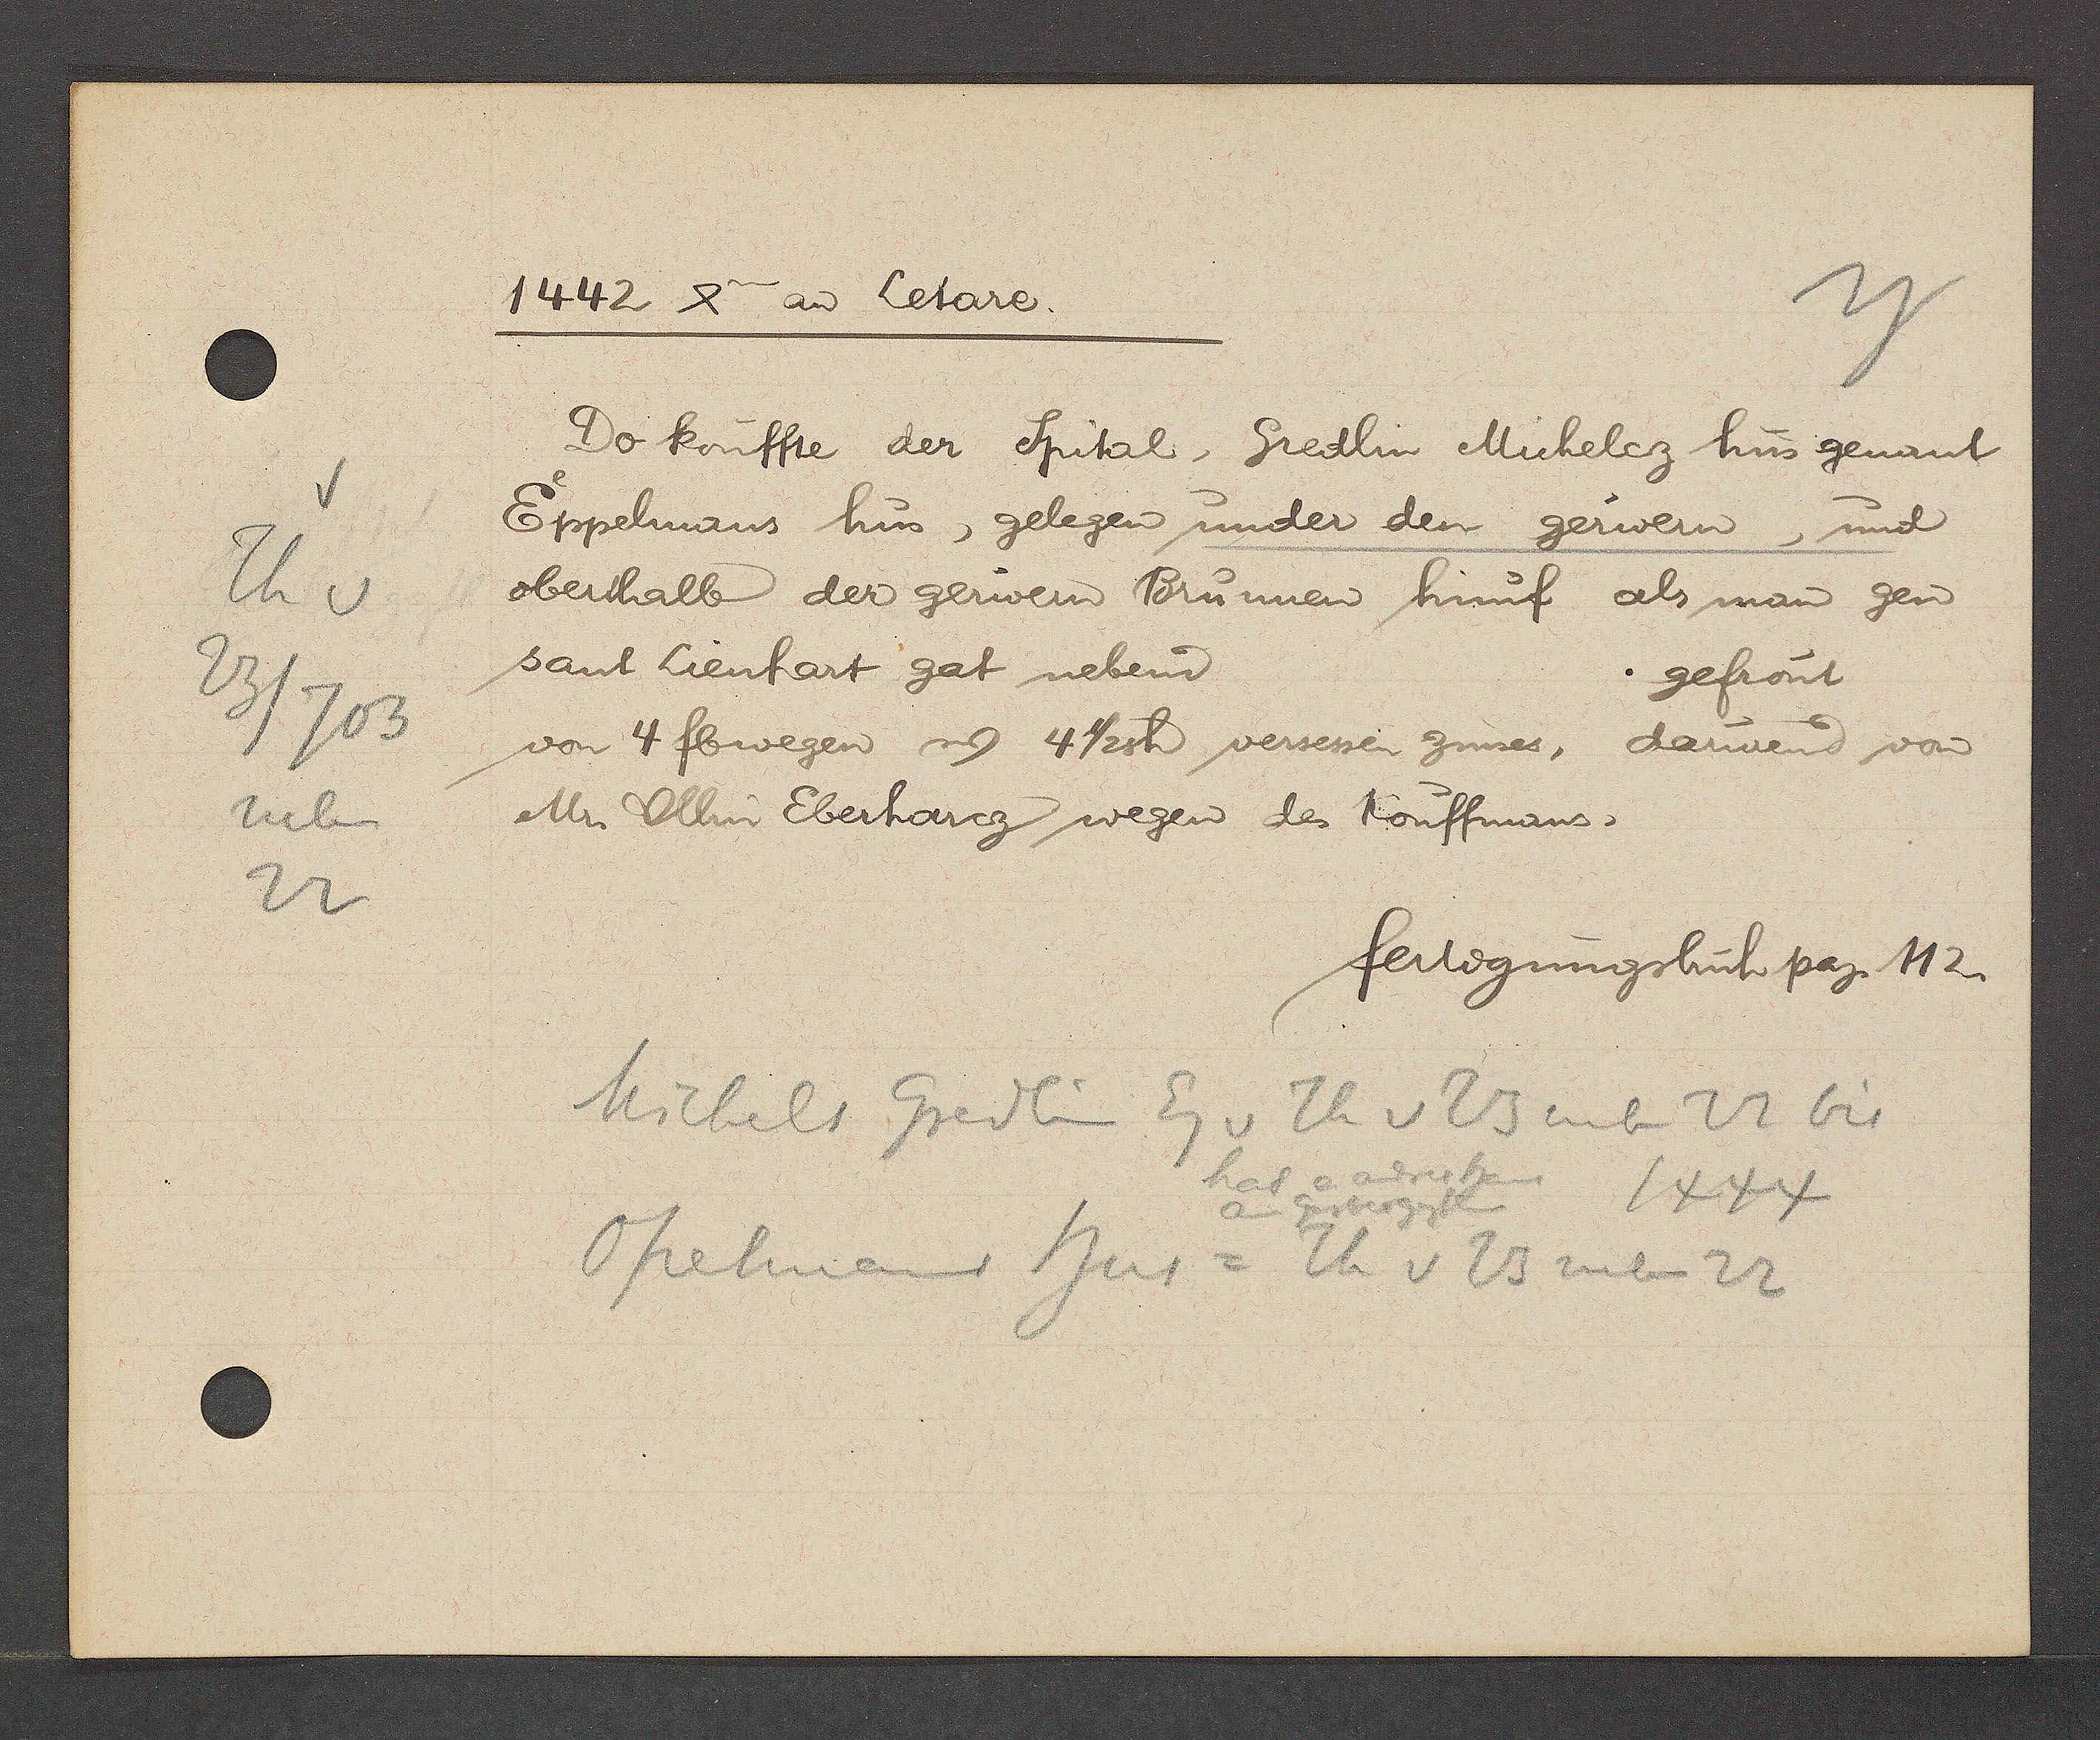
Transcript:
Th v
23/703
neben
22

1442 4a aȵ Letare.

Do kouffte der Spital, Gredlin Michelez hus genant
Eppelmans hus, gelegen under den gerwern, und
oberthalb der gerwern Brunnen hinuf als man gen
sant Lienhart gat nebend
gefrönt
von 4 fbwegen ư 4 1/2sh versessen zinses, darurend von
Mr. Ullin Eberharcz wegen des Kouffmans,

fertigungsbuch pag. 112.

Michels Gredlin Eg v Th v 23 neben 22 bis
hat o. andres haus
am Gerbergässlein 1444
Opelmanns hus = Th v 23 neben 22